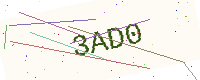
Text: 3AD0